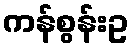
ကန်စွန်းဥ